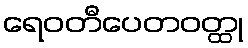
ရေဝတီပေတဝတ္ထု